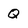
Character: Q